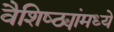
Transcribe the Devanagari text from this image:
वैशिष्ठ्यांमध्ये